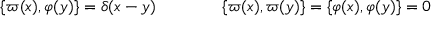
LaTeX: \{ \varpi ( x ) , \varphi ( y ) \} = \delta ( x - y ) \qquad \qquad \{ \varpi ( x ) , \varpi ( y ) \} = \{ \varphi ( x ) , \varphi ( y ) \} = 0